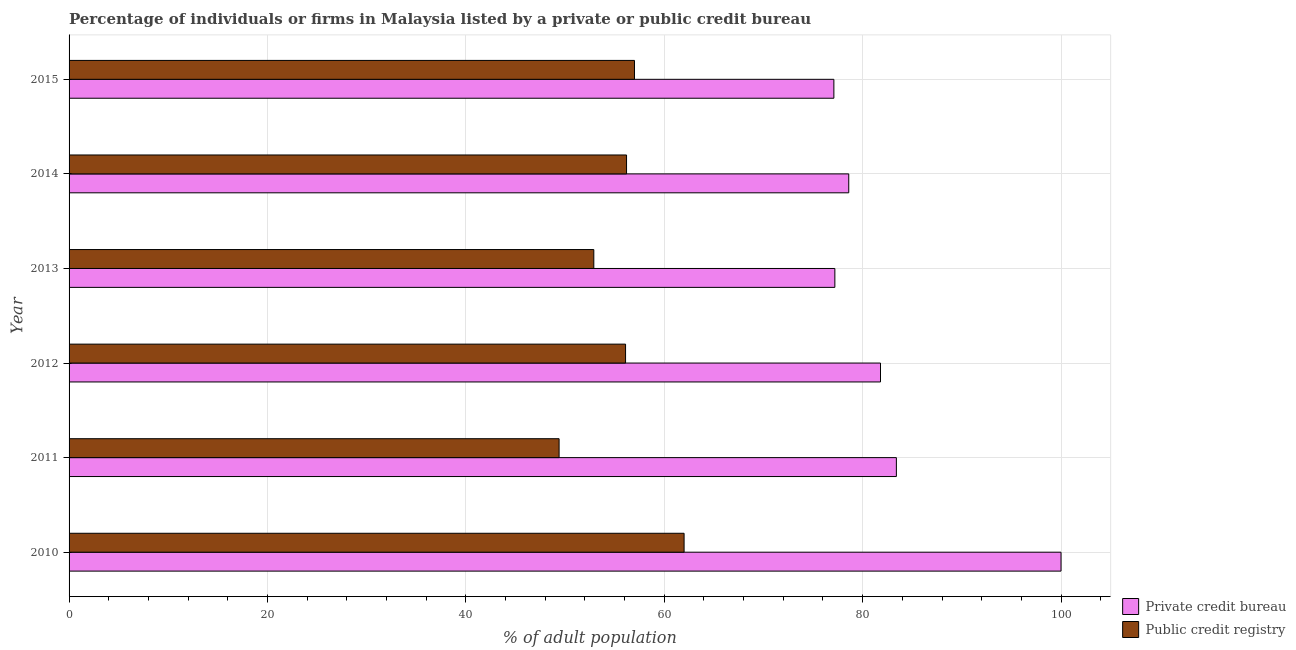
| Year | Private credit bureau | Public credit registry |
 | --- | --- | --- |
 | 2010 | 100 | 62 |
 | 2011 | 83.4 | 49.4 |
 | 2012 | 81.8 | 56.1 |
 | 2013 | 77.2 | 52.9 |
 | 2014 | 78.6 | 56.2 |
 | 2015 | 77.1 | 57 |